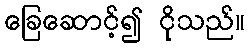
ခြေဆောင့်၍ ငိုသည်။